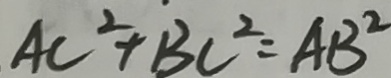
A C ^ { 2 } + B C ^ { 2 } = A B ^ { 2 }